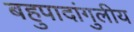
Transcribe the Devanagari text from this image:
बहुपादांगुलीय